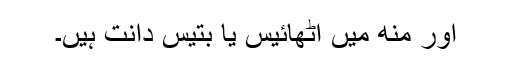
اور منھ میں اٹھائیس یا بتیس دانت ہیں۔